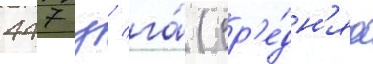
447 ц/ га́ (ср'е́дн'яа